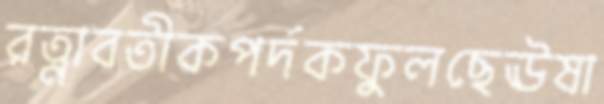
রত্নাবতীকপর্দকফুলছেঊষা